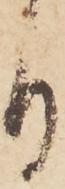
り